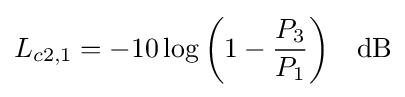
L_{c2,1}=-10\log {\left(1-{\frac {P_{3}}{P_{1}}}\right)}\quad {\rm {dB}}